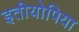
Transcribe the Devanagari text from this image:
इतीयोपिया